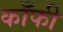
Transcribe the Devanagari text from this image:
काँफी